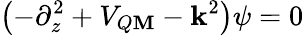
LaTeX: \left(-\partial_{z}^{2}+V_{Q\mathbf{M}}-\mathbf{k}^{2}\right)\psi=0